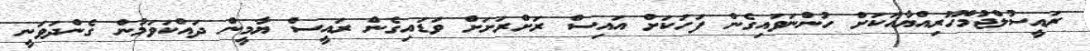
ރައީސުލްޖުމްހޫރިއްޔާއަކަށް ހުންނަވައިގެން ފަހަކަށް އައިސް ރަށްރަށަށް ވަޑައިގެން ރައީސް ޔާމީން ދައްކަވަމުން ގެންދަވަނީ